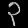
Digit: ၃